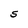
Character: S